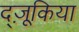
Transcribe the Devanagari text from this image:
द्ज़ूकिया